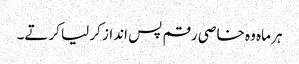
ہر ماہ وہ خاصی رقم پس انداز کر لیا کرتے۔